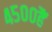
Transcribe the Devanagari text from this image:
४५००हैं